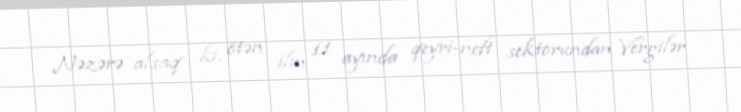
Nəzərə alsaq ki, ötən ilin 11 ayında qeyri-neft sektorundan Vergilər